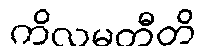
ကိလမတီတိ